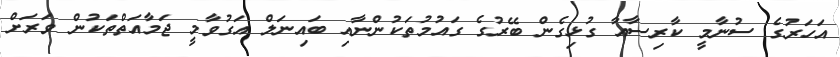
އަހަރުގެ ސުނާމީ ކާރިސާއާ ގުޅިގެން ބޭރުގެ ގައުމުތަކުންނާއި ބައިނަލް އަގުވާމީ ޖަމާއަތްތަކުން ވަރަށް